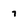
Character: 7